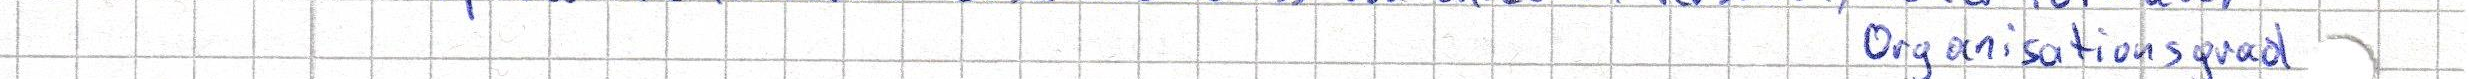
Organisationsgrad